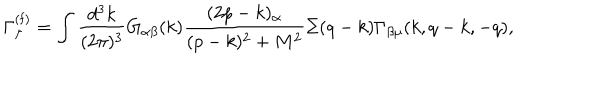
\Gamma _ { \mu } ^ { ( \mathrm { f ) } } = \int { \frac { d ^ { 3 } k } { ( 2 \pi ) ^ { 3 } } } G _ { \alpha \beta } ( k ) { \frac { ( 2 p - k ) _ { \alpha } } { ( p - k ) ^ { 2 } + M ^ { 2 } } } \Sigma ( q - k ) \Gamma _ { \beta \mu } ( k , q - k , - q ) ,